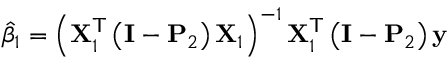
{ \hat { \beta } } _ { 1 } = \left( \mathbf { X } _ { 1 } ^ { \mathsf { T } } \left( \mathbf { I } - \mathbf { P } _ { 2 } \right) \mathbf { X } _ { 1 } \right) ^ { - 1 } \mathbf { X } _ { 1 } ^ { \mathsf { T } } \left( \mathbf { I } - \mathbf { P } _ { 2 } \right) \mathbf { y }